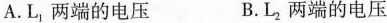
A.L_{1}两端的电压 B.L_{2}两端的电压